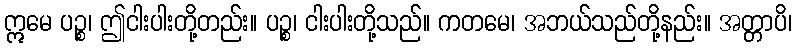
ဣမေ ပဉ္စ၊ ဤငါးပါးတို့တည်း။ ပဉ္စ၊ ငါးပါးတို့သည်။ ကတမေ၊ အဘယ်သည်တို့နည်း။ အတ္တာပိ၊